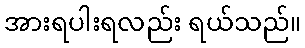
အားရပါးရလည်း ရယ်သည်။